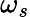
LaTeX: \omega_{s}